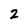
Character: 2